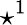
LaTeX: \star^{1}